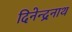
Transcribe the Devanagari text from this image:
दिनेन्द्रनाथ